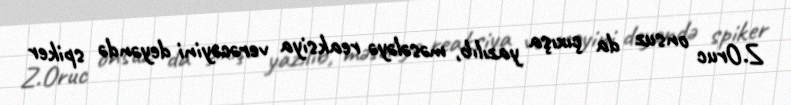
Z.Oruc onsuz da çıxışa yazılıb, məsələyə reaksiya verəcəyini deyəndə spiker